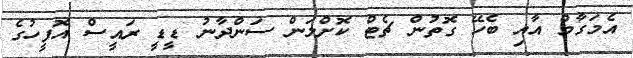
އެމަގާމް އާއި ބެހޭ ގޮތުން ޗެޓް ކޮށްލަން ސަންދާނު ޑީޑީ ރައީސް އޮފީހުގެ